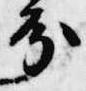
分